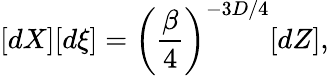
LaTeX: [dX][d\xi]=\left(\frac{\beta}{4}\right)^{-3D/4}[dZ],